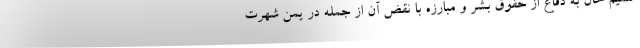
شمیم خان به دفاع از حقوق بشر و مبارزه با نقض آن از جمله در یمن شهرت